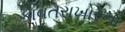
કાવતરાખોરનો